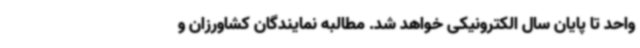
واحد تا پایان سال الکترونیکی خواهد شد. مطالبه نمایندگان کشاورزان و